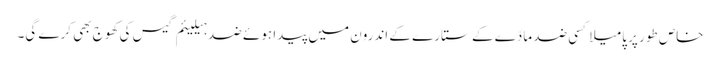
خاص طور پر پامیلا کسی ضد مادّے کے ستارے کے اندرون میں پیدا ہوئے ضد ہیلیئم گیس کی کھوج بھی کرے گی۔